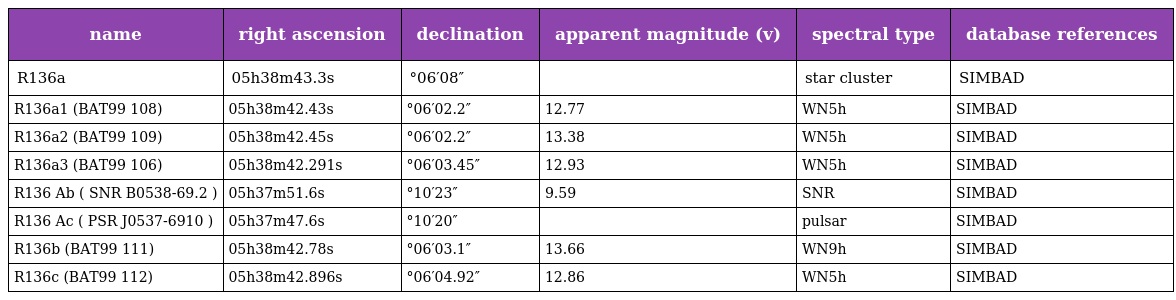
| name | right ascension | declination | apparent magnitude (v) | spectral type | database references |
 | --- | --- | --- | --- | --- | --- |
 | R136a | 05h38m43.3s | °06′08″ |  | star cluster | SIMBAD |
 | R136a1 (BAT99 108) | 05h38m42.43s | °06′02.2″ | 12.77 | WN5h | SIMBAD |
 | R136a2 (BAT99 109) | 05h38m42.45s | °06′02.2″ | 13.38 | WN5h | SIMBAD |
 | R136a3 (BAT99 106) | 05h38m42.291s | °06′03.45″ | 12.93 | WN5h | SIMBAD |
 | R136 Ab ( SNR B0538-69.2 ) | 05h37m51.6s | °10′23″ | 9.59 | SNR | SIMBAD |
 | R136 Ac ( PSR J0537-6910 ) | 05h37m47.6s | °10′20″ |  | pulsar | SIMBAD |
 | R136b (BAT99 111) | 05h38m42.78s | °06′03.1″ | 13.66 | WN9h | SIMBAD |
 | R136c (BAT99 112) | 05h38m42.896s | °06′04.92″ | 12.86 | WN5h | SIMBAD |